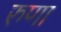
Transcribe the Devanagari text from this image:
रुणा